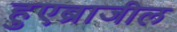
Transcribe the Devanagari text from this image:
हुएब्राजील